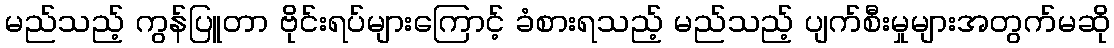
မည်သည့် ကွန်ပြူတာ ဗိုင်းရပ်များကြောင့် ခံစားရသည့် မည်သည့် ပျက်စီးမှုများအတွက်မဆို